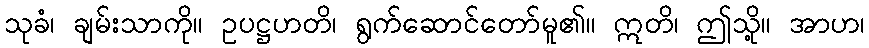
သုခံ၊ ချမ်းသာကို။ ဥပဋ္ဌဟတိ၊ ရွက်ဆောင်တော်မူ၏။ ဣတိ၊ ဤသို့။ အာဟ၊